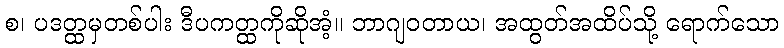
စ၊ ပဒတ္ထမှတစ်ပါး ဒီပကတ္ထကိုဆိုအံ့။ ဘာဂျဝတာယ၊ အထွတ်အထိပ်သို့ ရောက်သော